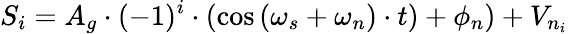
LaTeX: S_{i}=A_{g}\cdot(-1)^{i}\cdot(\cos{(\omega_{s}+\omega_{n})\cdot t)}+\phi_{n})+V_{n_{i}}